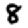
Digit: 8